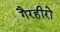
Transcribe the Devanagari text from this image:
गैरहीरो